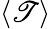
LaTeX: \left<\mathscr{T}\right>